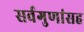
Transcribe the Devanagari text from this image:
सर्वगुणांसह